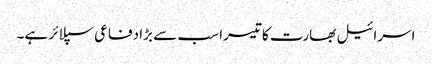
اسرائیل بھارت کا تیسرا سب سے بڑا دفاعی سپلائر ہے۔